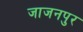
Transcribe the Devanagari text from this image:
जाजनपुर